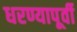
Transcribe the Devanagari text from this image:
धरण्यापूर्वी